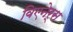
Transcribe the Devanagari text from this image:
विएनेर्स